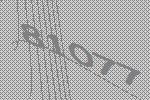
81077